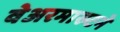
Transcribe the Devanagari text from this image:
वेअरमाख्टने